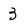
Character: 3